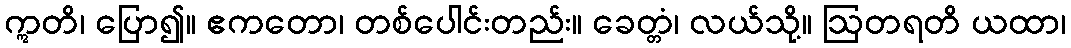
ဣတိ၊ ပြော၍။ ဧကတော၊ တစ်ပေါင်းတည်း။ ခေတ္တံ၊ လယ်သို့။ ဩတရတိ ယထာ၊